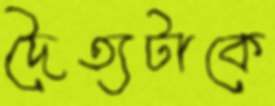
দৈত্যটাকে